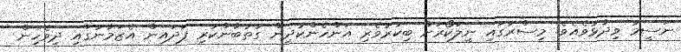
ނަސީމު ވިދާޅުވެއެވެ. މިސްރުގައި ނީލަކޯރަށް ބިކުރުވެރި އަންހެންކުދިން ގުތުބާންކުރި ފަދައިން އެޒަމާނުގައި ދިވެހިން